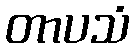
တာပသံ